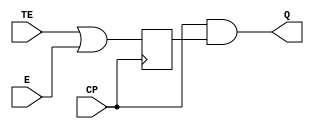
// ================================================================
// NVDLA Open Source Project
// 
// Copyright(c) 2016 - 2017 NVIDIA Corporation.  Licensed under the
// NVDLA Open Hardware License; Check "LICENSE" which comes with 
// this distribution for more information.
// ================================================================


module  CKLNQD12PO4 (
	 TE
	,E
	,CP
	,Q
	);

input	 TE ;
input	 E ;
input	 CP ;
output	 Q ;

reg qd;
always @(negedge CP)
    qd <= TE | E;

assign Q = CP & qd;
endmodule